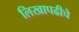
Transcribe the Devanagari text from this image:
लिखापढीचे